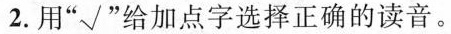
2.用”√”给加点字选择正确的读音。